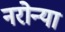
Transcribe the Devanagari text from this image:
नरोन्या